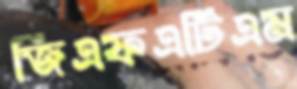
জিএফএটিএম